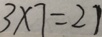
3 \times 7 = 2 1